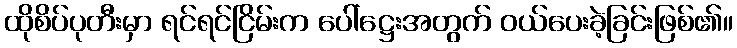
ထိုစိပ်ပုတီးမှာ ရင်ရင်ငြိမ်းက ပေါ်ဋ္ဌေးအတွက် ဝယ်ပေးခဲ့ခြင်းဖြစ်၏။